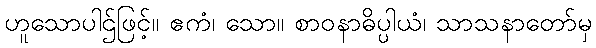
ဟူသောပါဌ်ဖြင့်။ ဧကံ၊ သော။ စာဝနာဓိပ္ပါယံ၊ သာသနာတော်မှ